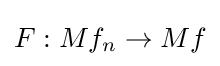
F:Mf_{n}\to Mf